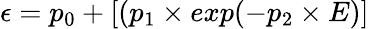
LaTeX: \epsilon=p_{0}+[(p_{1}\times exp(−p_{2}\times E)]